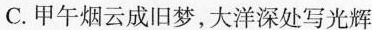
C.甲午烟云成旧梦，大洋深处写光辉